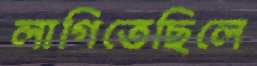
লাগিতেছিলে